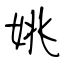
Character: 姚